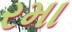
રમા